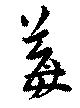
莓